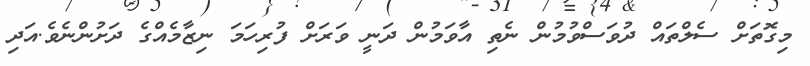
މިގޮތަށް ސެލްތައް ދުވަސްވުމުން ނެތި އާވަމުން ދަނީ ވަރަށް ފުރިހަމަ ނިޒާމެއްގެ ދަށުންނެވެ.އަދި